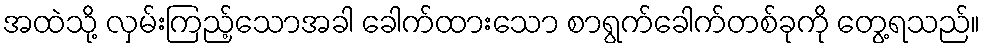
အထဲသို့ လှမ်းကြည့်သောအခါ ခေါက်ထားသော စာရွက်ခေါက်တစ်ခုကို တွေ့ရသည်။